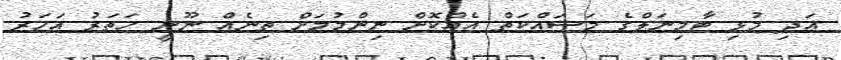
އަދި މުޅި ޓާމިނަލްގެ މަސައްކަތް އެއްކޮށް ނިންމުމަށް ތިނެއް ނޫނީ ހަތަރު އަހަރު